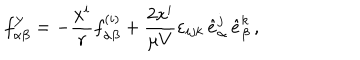
f _ { \alpha \beta } ^ { Y } = - \frac { x ^ { i } } { r } f _ { \alpha \beta } ^ { ( i ) } + \frac { 2 x ^ { i } } { \mu V } \varepsilon _ { i j k } \, { \hat { e } } _ { \alpha } ^ { j } \, { \hat { e } } _ { \beta } ^ { k } \, ,